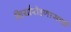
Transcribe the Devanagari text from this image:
गिर्यारोहणासाठी